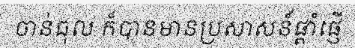
ចាន់ធុល ក៏បានមានប្រសាសន៍ផ្តាំផ្ញើ